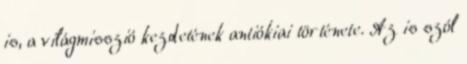
is, a világmisszió kezdetének antiókiai története. Az is szól